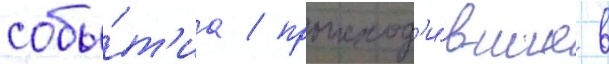
собы́т'иа / происход'и́вшие в